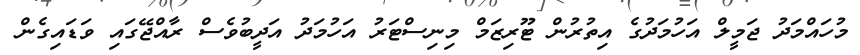
މުހައްމަދު ޖަމީލް އަހުމަދުގެ އިތުރުން ޓޫރިޒަމް މިނިސްޓަރު އަހުމަދު އަދީބުވެސް ރާއްޖޭގައި ވަޑައިގެން